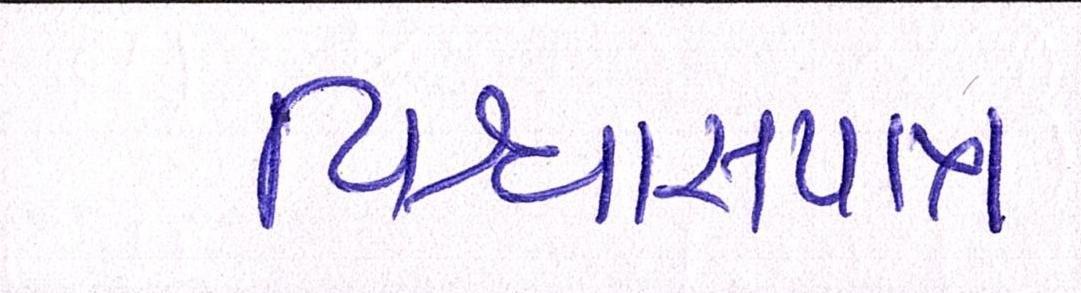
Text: વિશ્વાસપાત્ર